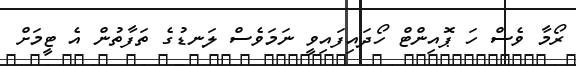
ރޯމާ ވެސް ހަ ޕޮއިންޓް ހޯދައިފައިވީ ނަމަވެސް ލަނޑުގެ ތަފާތުން އެ ޓީމަށް